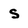
Character: S